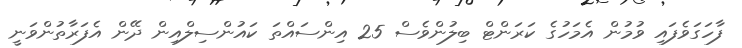
ފާހަގަވެފައި ވުމުން އެމަހުގެ ކަރަންޓް ބިލުންވެސް 25 އިންސައްތަ ކައުންސިލްއިން ދޭން އެފަރާތުންވަނީ